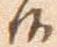
候